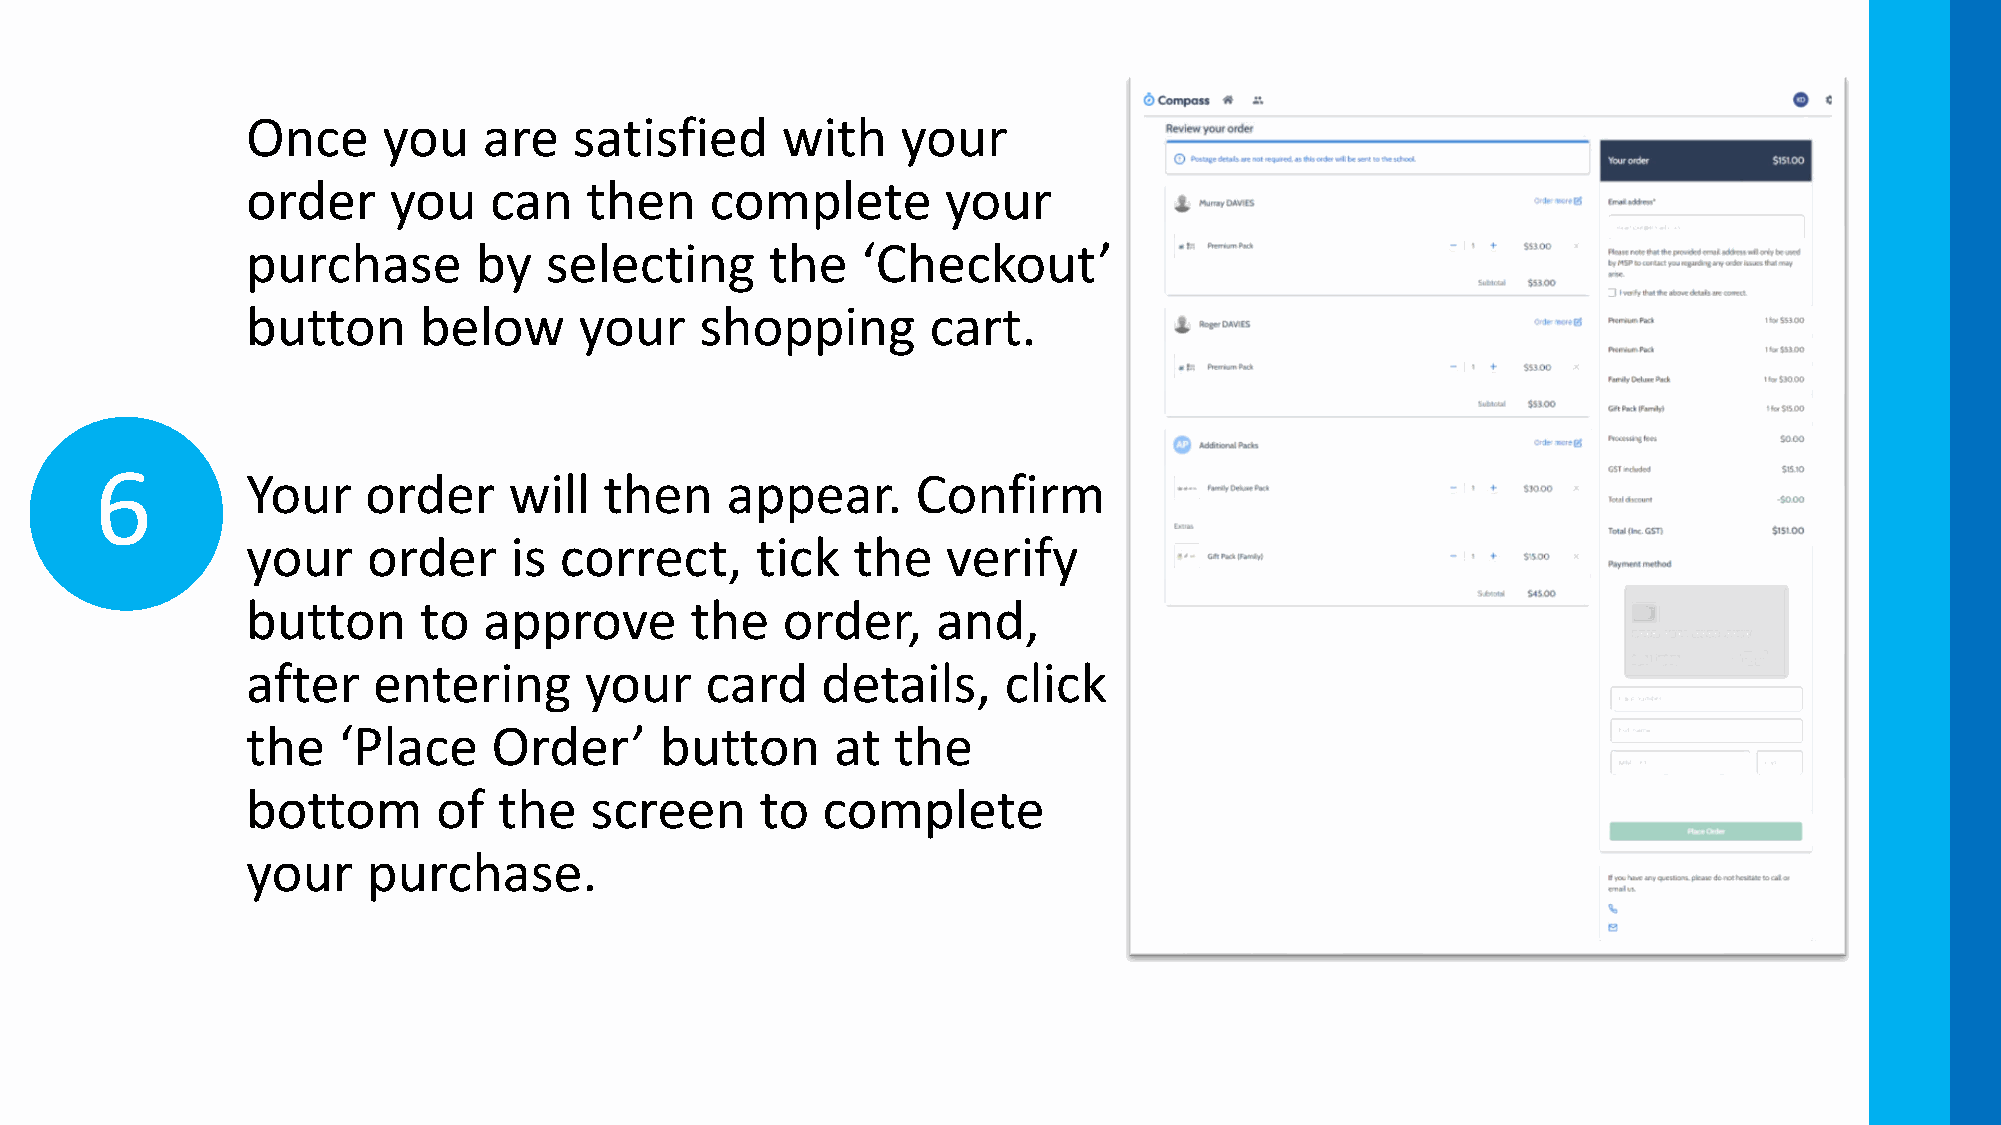
Once     you    are   satisfied     with    your
 order     you   can    then    complete        your
 purchase       by   selecting      the   ‘Checkout’
 button      below     your    shopping        cart.
 6         Your    order     will  then    appear.      Confirm
 your    order     is correct,     tick  the    verify
 button      to  approve       the   order,    and,
 after    entering      your    card   details,    click
 the   ‘Place     Order’     button     at  the
 bottom       of  the   screen     to  complete
 your    purchase.